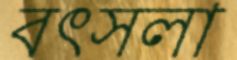
বৎসলা